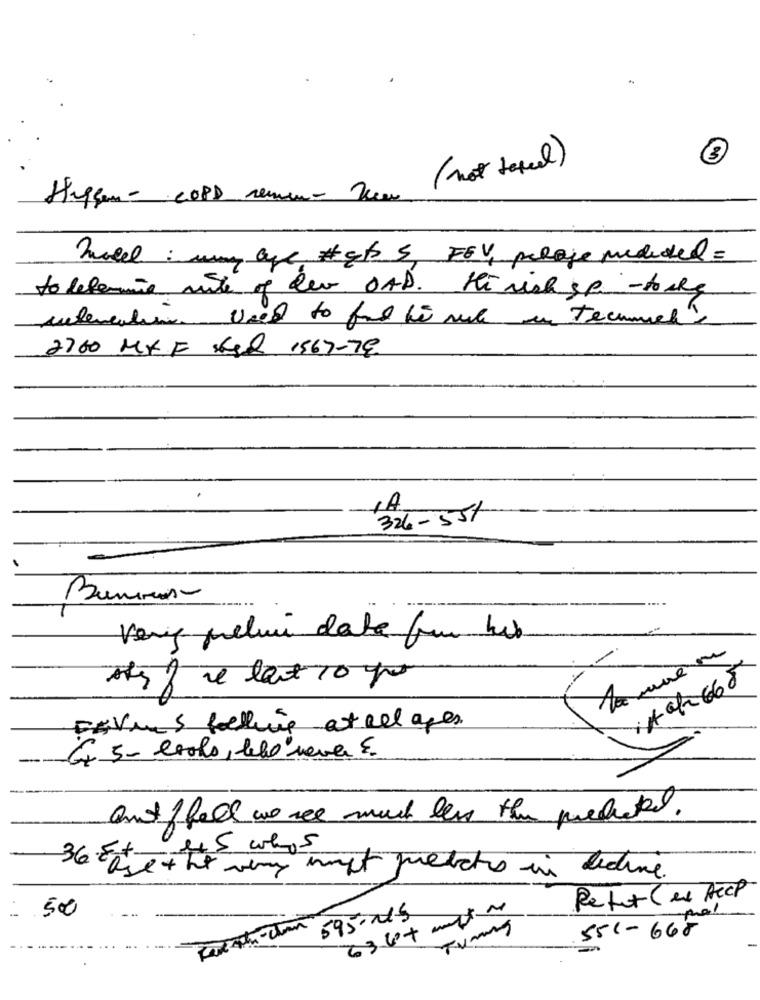
( not texel)
Heffen - COPD remun Kem
Weed : umy are #ct S, FEV, pelaje mediated=
to lefemmine mite of dev OAD. Hi wish sp - tools
interesting Need to find bis rue in Techniek'
2760 Mx F SSR 1567-79
,A
324-551
Very prelui data for his
-
str 8 ve lait 10 por
Davis fellive at all ages.
Ex 5- leolo, lebo"never E.
andffel we see much less the precated.
36. Este + It very mpt predicts in dedine.
Retet( ex Heck
500
636+ mentre
Par Ath-chan 595-0-S
551-668